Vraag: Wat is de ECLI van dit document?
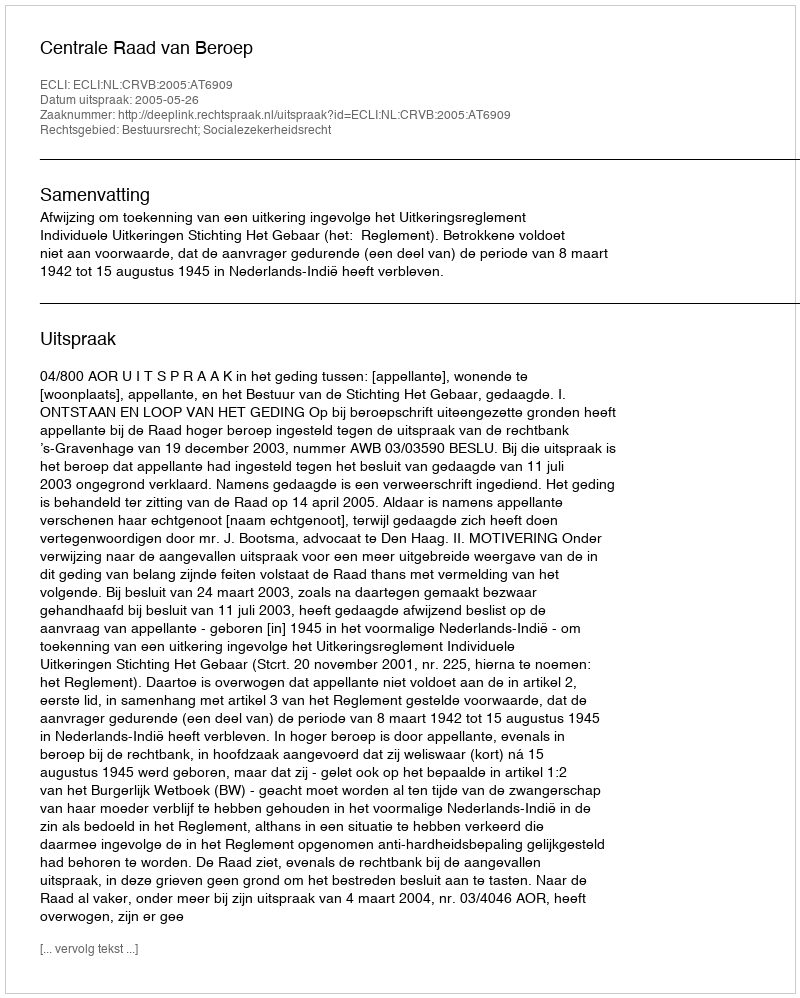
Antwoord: ECLI:NL:CRVB:2005:AT6909